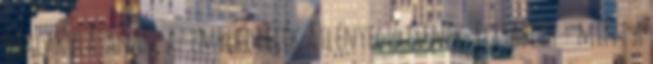
kialakulásának, az emberi lélek átlényegülésének. Elisabeth - mint a